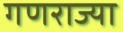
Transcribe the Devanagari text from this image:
गणराज्या